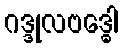
ဂဒ္ဒုလဗဒ္ဓေါ